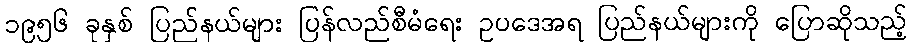
၁၉၅၆ ခုနှစ် ပြည်နယ်များ ပြန်လည်စီမံရေး ဥပဒေအရ ပြည်နယ်များကို ပြောဆိုသည့်